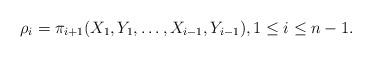
LaTeX: \begin{align*}\rho_i=\pi_{i+1}(X_1,Y_1,\dots,X_{i-1},Y_{i-1}), 1\le i\le n-1.\end{align*}